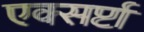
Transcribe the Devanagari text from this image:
एक्सर्प्टा